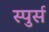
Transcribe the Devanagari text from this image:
स्पुर्स